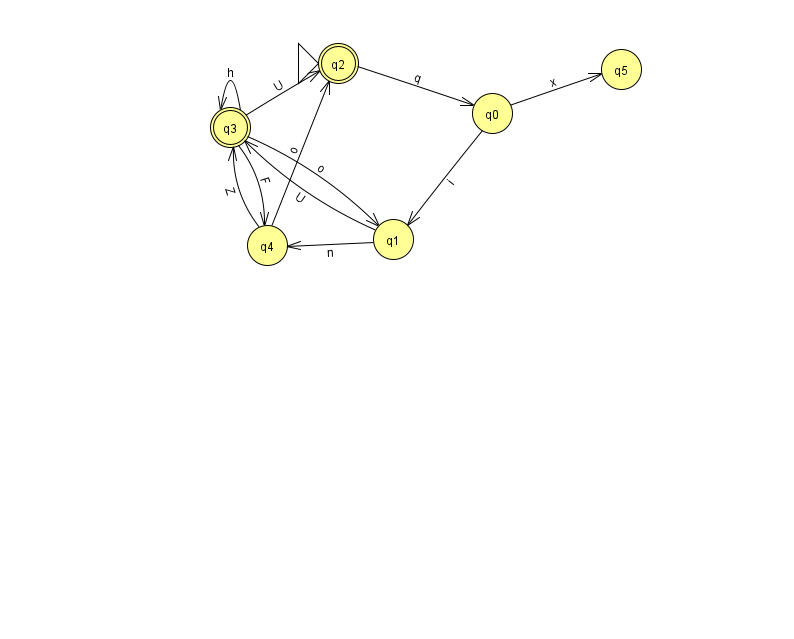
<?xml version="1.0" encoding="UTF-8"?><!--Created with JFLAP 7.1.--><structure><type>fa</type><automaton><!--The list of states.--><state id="0" name="q0"><x>492.0</x><y>100.0</y></state><state id="1" name="q1"><x>393.0</x><y>226.0</y></state><state id="2" name="q2"><x>338.0</x><y>50.0</y><initial/><final/></state><state id="3" name="q3"><x>230.0</x><y>114.0</y><final/></state><state id="4" name="q4"><x>267.0</x><y>232.0</y></state><state id="5" name="q5"><x>621.0</x><y>56.0</y></state><!--The list of transitions.--><transition><from>1</from><to>4</to><read>n</read></transition><transition><from>0</from><to>5</to><read>x</read></transition><transition><from>1</from><to>3</to><read>U</read></transition><transition><from>4</from><to>3</to><read>Z</read></transition><transition><from>2</from><to>0</to><read>q</read></transition><transition><from>3</from><to>3</to><read>h</read></transition><transition><from>3</from><to>2</to><read>U</read></transition><transition><from>3</from><to>4</to><read>F</read></transition><transition><from>0</from><to>1</to><read>i</read></transition><transition><from>3</from><to>1</to><read>o</read></transition><transition><from>4</from><to>2</to><read>o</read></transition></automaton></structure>